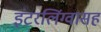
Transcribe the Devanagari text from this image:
इंटरलिंग्वासह